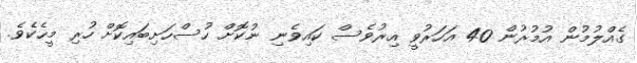
ގެއްލުމުން އުމުރުން 40 އަހަރުވީ އިރުވެސް ކައިވެނި ނުކޮށް ހުސްހަށިބައިކޮށް ހުރި މީހެކެވެ.